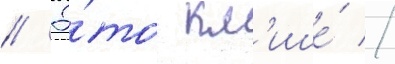
// Э́то кл'ише́ //